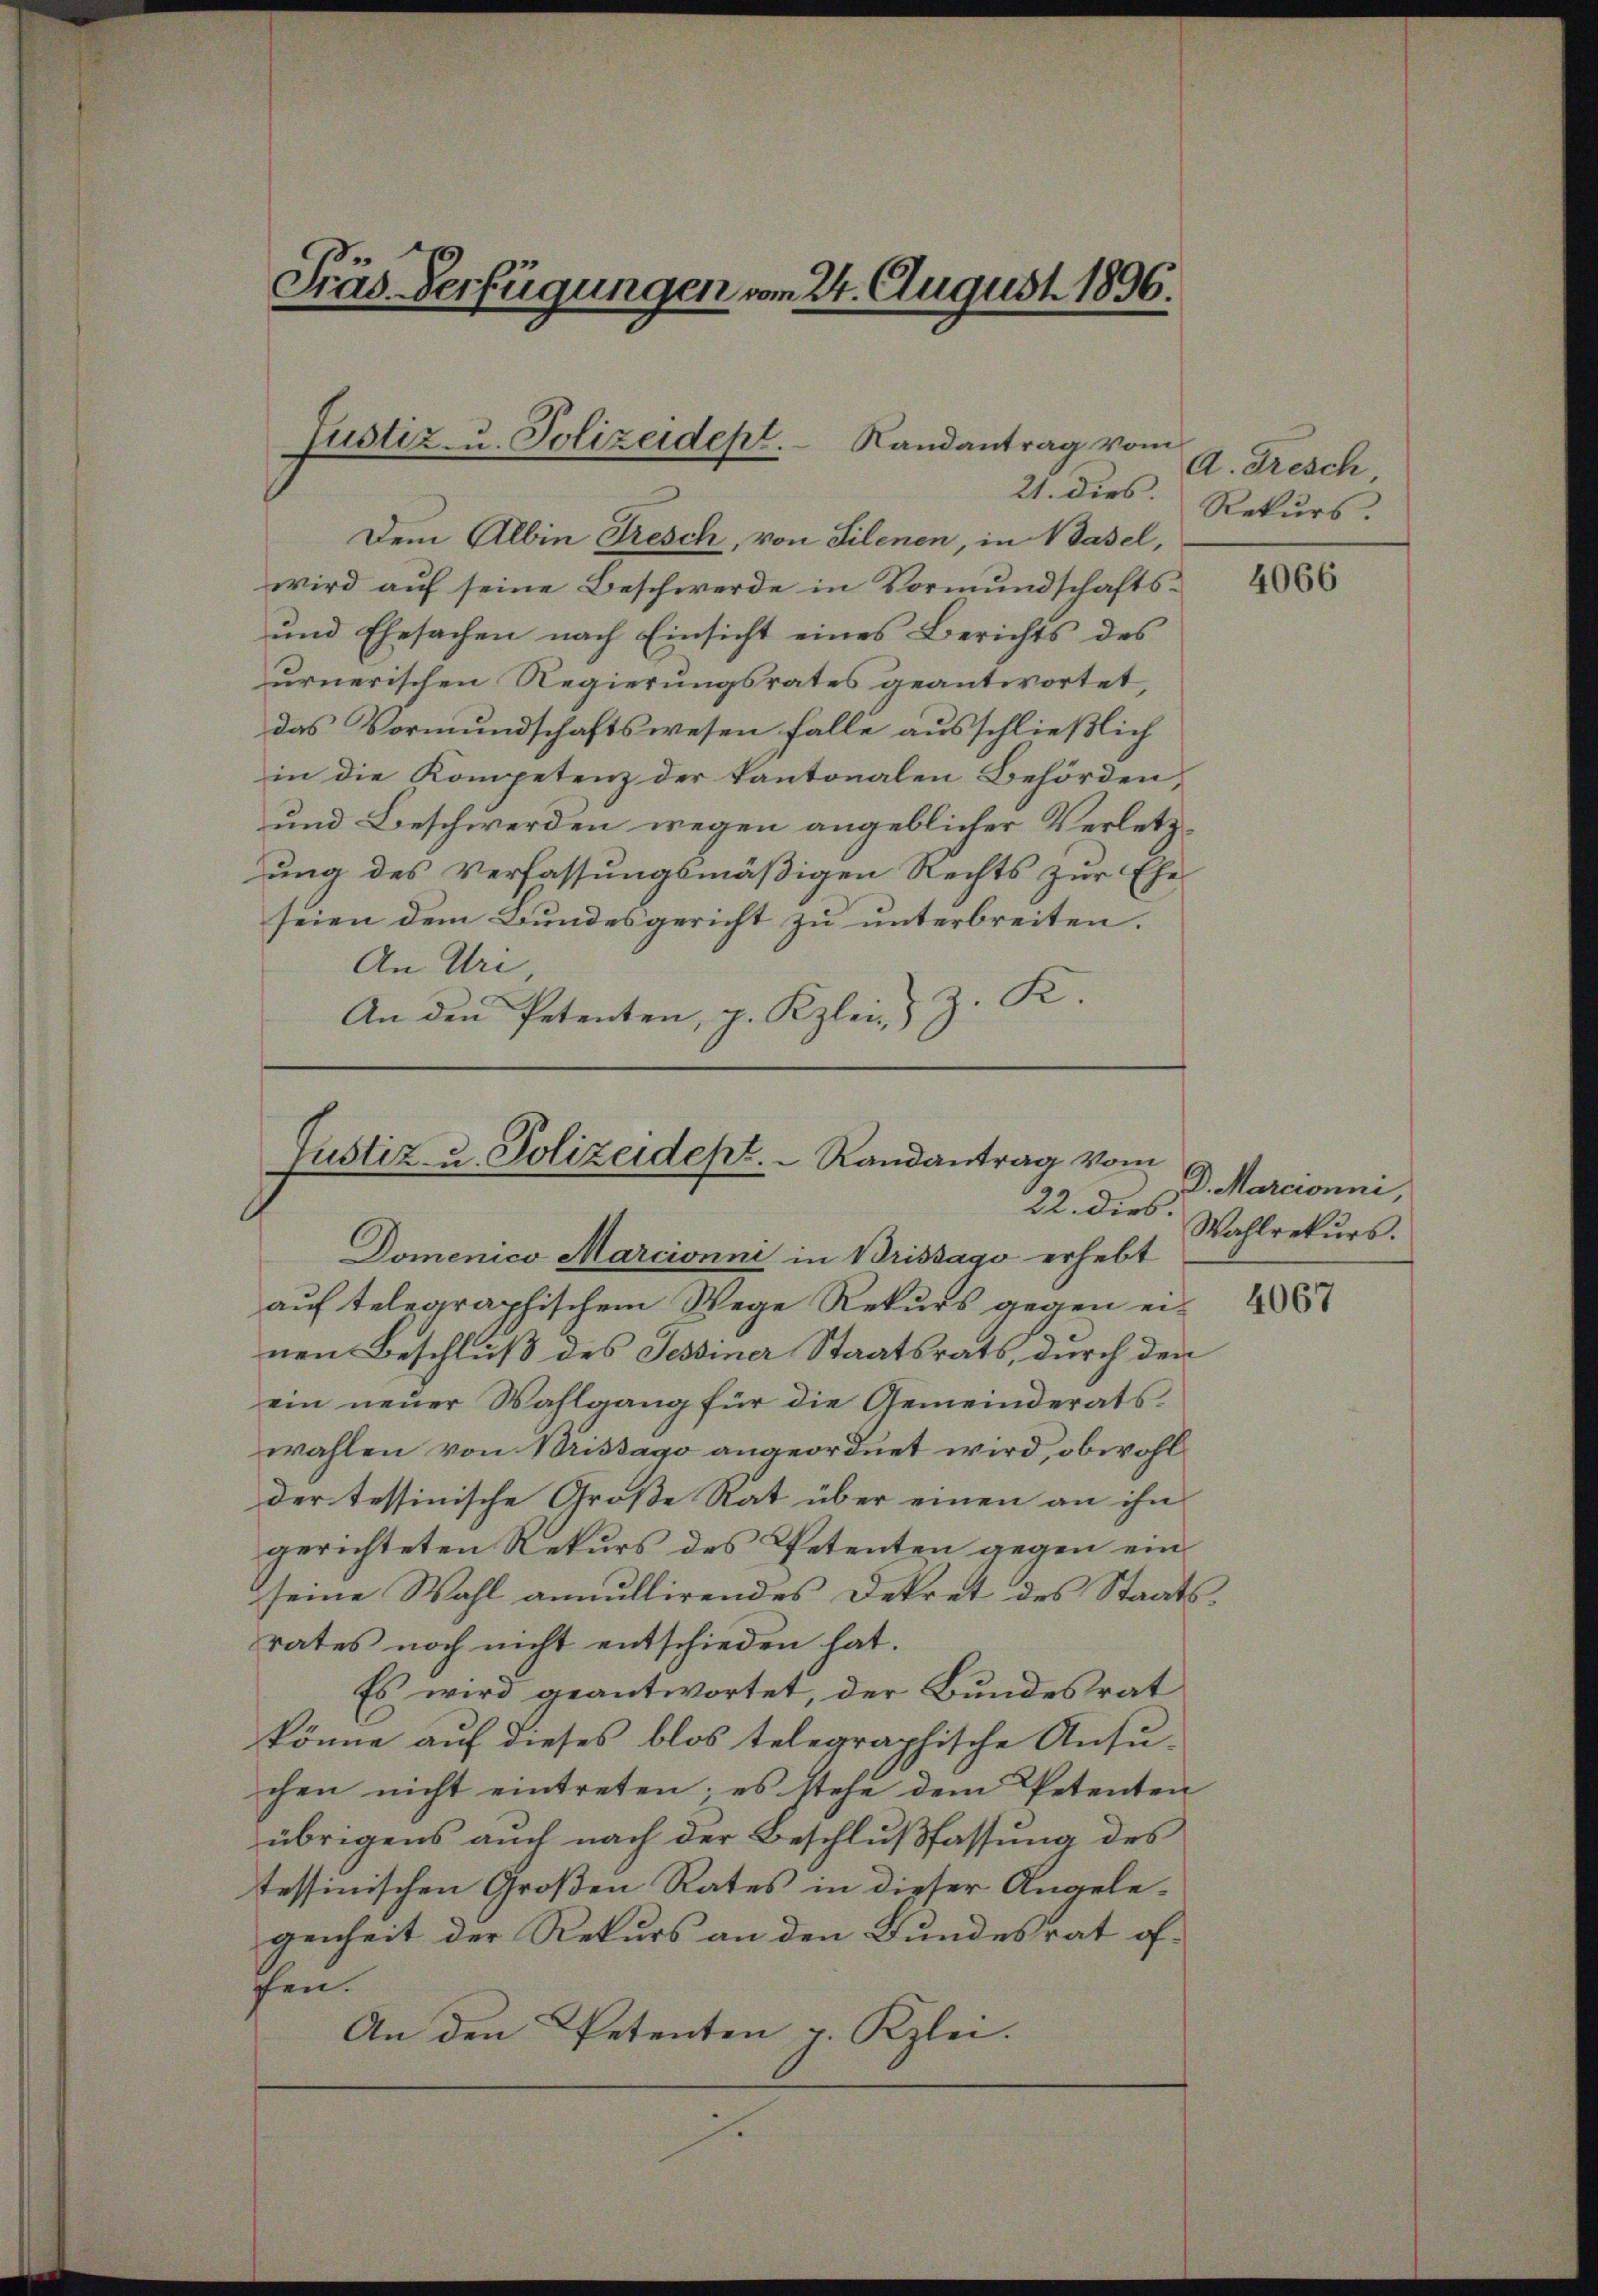
Präs. Verfügungen vom 24. August 1896.

Justiz- u. Polizeidept. Randantrag vom

Justiz- u. Polizeidept.   Randantrag vom
22. dies.

Dem Albin Dresch, von Silenen, in Basel,
wird auf seine Beschwerde in Vormundschafts¬
und Ehesachen nach Einsicht eines Berichts des
urnerischen Regierungsrates geantwortet,
das Vormundschaftswesen falle ausschließlich
in die Kompetenz der Kantonalen Behörden,
und Beschwerden wegen angeblicher Verletzung des Verfassungsmäßigen Rechts zur Eheseien dem Bundesgericht zu unterbreiten.
An Uri,
z. R.
An den Petenten, p. Kzlei

A. Fresch,
21. dies Rekurs.

Domenico Marcionne in Brissago erhebt
auf telegraphischem Wege Rekurs gegen ei-
nen Beschluß des Tessiner Staatsrats, durch den
ein neuer Wahlgang für die Gemeinderatswahlen von Brissago angeordnet wird, obwohl
der tessinische Große Rat über einen an ihn
gerichteten Rekurs des Petenten gegen einseine Wahl annullirendes Dekret des Staatsrates noch nicht entschieden hat.
Es wird geantwortet, der Bundesrat
könne auf dieses blos telegraphische Ansu-
chen nicht eintreten; es stehe dem Petenten
übrigens auch nach der Beschlußfassung des
tessinischen Großen Rates in dieser Angelegenheit der Rekurs an den Bundesrat of-
fen.
An den Petenten v. Kzlei.

4066

D. Marcionni,
Wahlrekurs.

4067